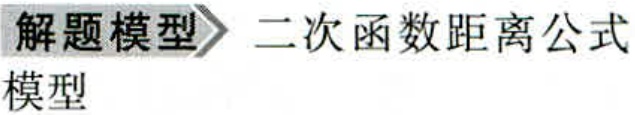
解题模型 二次函数距离公式
模型